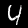
Digit: 4